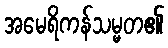
အမေရိကန်သမ္မတ၏